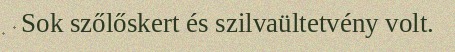
Sok szőlőskert és szilvaültetvény volt.